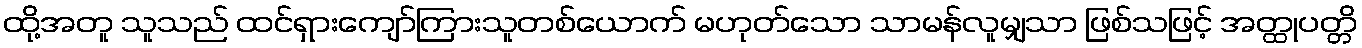
ထို့အတူ သူသည် ထင်ရှားကျော်ကြားသူတစ်ယောက် မဟုတ်သော သာမန်လူမျှသာ ဖြစ်သဖြင့် အတ္ထုပတ္တိ